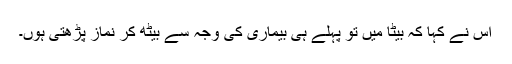
اس نے کہا کہ بیٹا میں تو پہلے ہی بیماری کی وجہ سے بیٹھ کر نماز پڑھتی ہوں۔